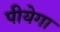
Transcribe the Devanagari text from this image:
पीयेगा